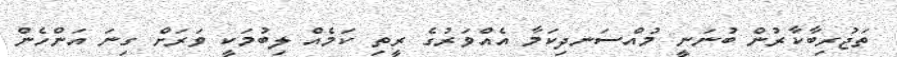
ތަޖުރިބާކާރުން ބުނަނީ މުއްސަނދިކަމާ އެއްވަރުގެ ރީތި ކަމެއް ލިބުމަކީ ވަރަށް ގިނަ އަންހެން